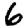
Digit: 6